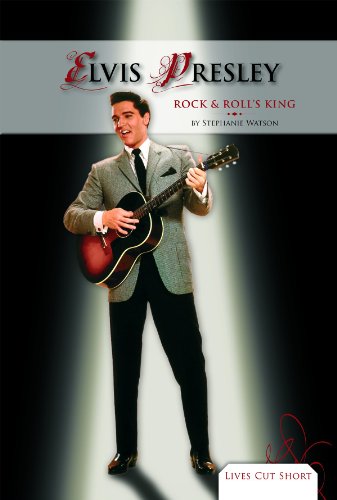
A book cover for Elvis Presley: Rock & Roll's King (Lives Cut Short); Stephanie Watson; Teen & Young Adult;